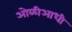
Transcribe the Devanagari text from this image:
ओळीआधी